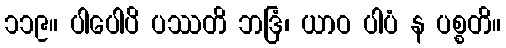
၁၁၉။ ပါပေါပိ ပဿတိ ဘဒြံ၊ ယာဝ ပါပံ န ပစ္စတိ။